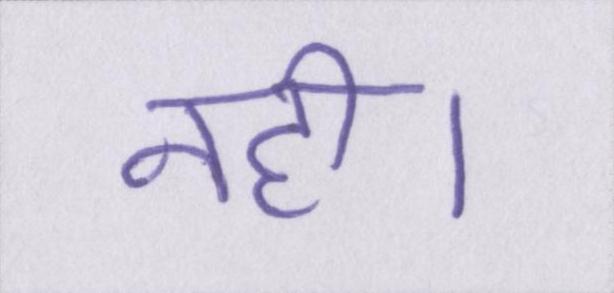
नही।